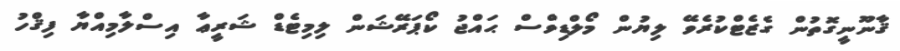
ޤާނޫނީގޮތުން ގެޒެޓްކުރެވޭ ލިޔުން މޯލްޑިވްސް ޙައްޖު ކޯޕަރޭޝަން ލިމިޓެޑް ޝަރީޢާ އިސްލާމިއްޔާ ފިޤްހު